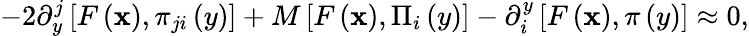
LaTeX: -2\partial_{y}^{j}\left[F\left(\mathbf{x}\right),\pi_{ji}\left(y\right)\right]+M\left[F\left(\mathbf{x}\right),\Pi_{i}\left(y\right)\right]-\partial_{i}^{y}\left[F\left(\mathbf{x}\right),\pi\left(y\right)\right]\approx0,